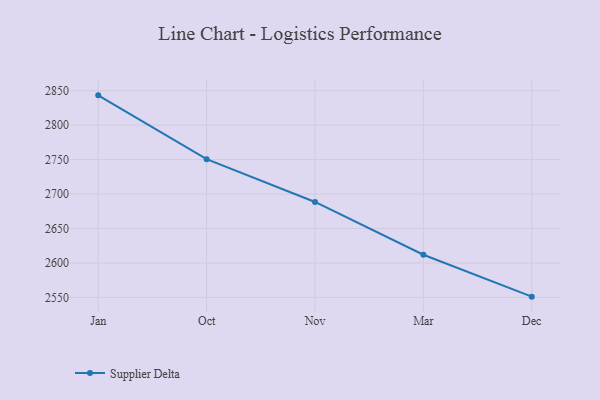
{"axis": {"x": "Month", "y": "Website Visitors"}, "legend": ["Supplier Delta"], "data": [{"x": "Jan", "y": 2843.2, "type": "Supplier Delta"}, {"x": "Oct", "y": 2750.6, "type": "Supplier Delta"}, {"x": "Nov", "y": 2688.5, "type": "Supplier Delta"}, {"x": "Mar", "y": 2611.9, "type": "Supplier Delta"}, {"x": "Dec", "y": 2551.1, "type": "Supplier Delta"}]}